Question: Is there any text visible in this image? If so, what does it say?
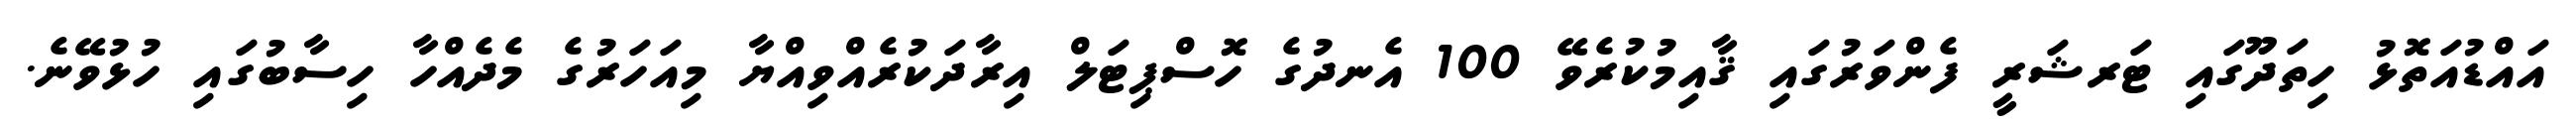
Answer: އައްޑުއަތޮޅު ހިތަދޫގައި ޓަރޝަރީ ފެންވަރުގައި ޤާއިމުކުރެވޭ 100 އެނދުގެ ހޮސްޕިޓަލް އިރާދަކުރެއްވިއްޔާ މިއަހަރުގެ މެދެއްހާ ހިސާބުގައި ހުޅުވޭނެ.